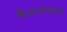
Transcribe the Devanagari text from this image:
कैप्रालेक्टम